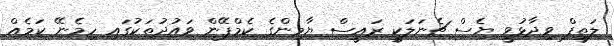
ލަތީފް ވިދާޅުވީ ޔެސް ޗެނަލަކީ ރައީސް ޔާމިންގެ ކެމްޕޭން ވައުދުތަކުގައި ހިމެނޭ ކަމެއް